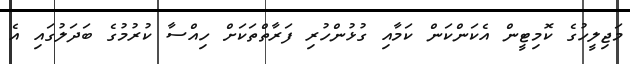
މަޖިލީހުގެ ކޮމިޓީން އެކަންކަން ކަމާއި ގުޅުންހުރި ފަރާތްތަކަށް ހިއްސާ ކުރުމުގެ ބަދަލުގައި އެ